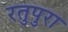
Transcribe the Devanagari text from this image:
रतुपुरा